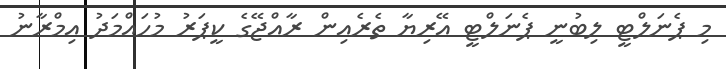
މި ޕެނަލްޓީ ލިބުނީ ޕެނަލްޓީ އޭރިޔާ ތެރެއިން ރާއްޖޭގެ ކީޕަރު މުހައްމަދު އިމްރާނު